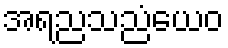
အရညသညံယေဝ